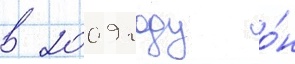
в 2009 году о́н